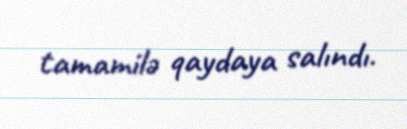
tamamilə qaydaya salındı.